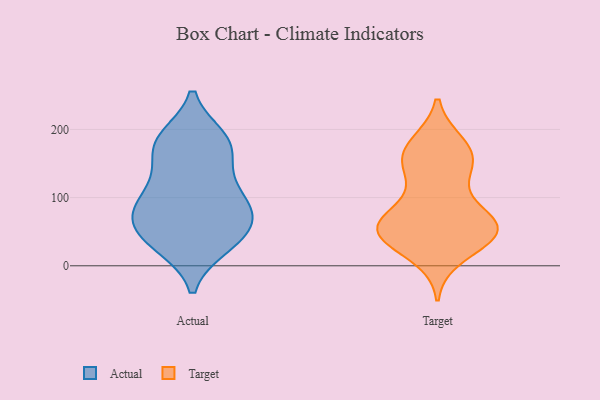
{"axis": {"x": "Customer Acquisition Cost (USD)", "y": "Value"}, "legend": ["Actual", "Target"], "data": [{"x": "", "y": 68, "type": "Actual"}, {"x": "", "y": 76, "type": "Actual"}, {"x": "", "y": 181, "type": "Actual"}, {"x": "", "y": 29, "type": "Actual"}, {"x": "", "y": 123, "type": "Actual"}, {"x": "", "y": 121, "type": "Actual"}, {"x": "", "y": 61, "type": "Actual"}, {"x": "", "y": 80, "type": "Actual"}, {"x": "", "y": 30, "type": "Actual"}, {"x": "", "y": 34, "type": "Actual"}, {"x": "", "y": 96, "type": "Actual"}, {"x": "", "y": 177, "type": "Actual"}, {"x": "", "y": 90, "type": "Actual"}, {"x": "", "y": 185, "type": "Actual"}, {"x": "", "y": 52, "type": "Actual"}, {"x": "", "y": 187, "type": "Actual"}, {"x": "", "y": 160, "type": "Actual"}, {"x": "", "y": 150, "type": "Target"}, {"x": "", "y": 79, "type": "Target"}, {"x": "", "y": 171, "type": "Target"}, {"x": "", "y": 59, "type": "Target"}, {"x": "", "y": 57, "type": "Target"}, {"x": "", "y": 51, "type": "Target"}, {"x": "", "y": 51, "type": "Target"}, {"x": "", "y": 177, "type": "Target"}, {"x": "", "y": 150, "type": "Target"}, {"x": "", "y": 54, "type": "Target"}, {"x": "", "y": 166, "type": "Target"}, {"x": "", "y": 16, "type": "Target"}, {"x": "", "y": 126, "type": "Target"}, {"x": "", "y": 49, "type": "Target"}, {"x": "", "y": 61, "type": "Target"}, {"x": "", "y": 42, "type": "Target"}]}